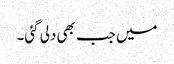
میں جب بھی دلی گئی۔